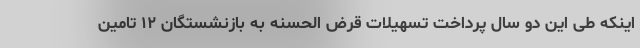
اینکه طی این دو سال پرداخت تسهیلات قرض الحسنه به بازنشستگان ۱۲ تامین